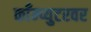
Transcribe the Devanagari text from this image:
काँम्प्युटरवर